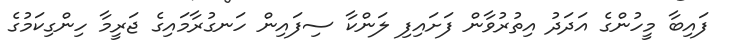
ފައިބާ މީހުންގެ އަދަދު އިތުރުވާން ފަށައިފި ލަންކާ ސިފައިން ހަނގުރާމައިގެ ޖަރީމާ ހިންގިކަމުގެ